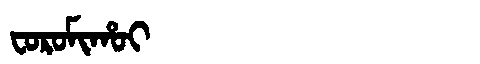
Manchu: ᠸᠣᡵᠣᠮᡳᡥᠣᡳ
Romanization: FOROMIHOI